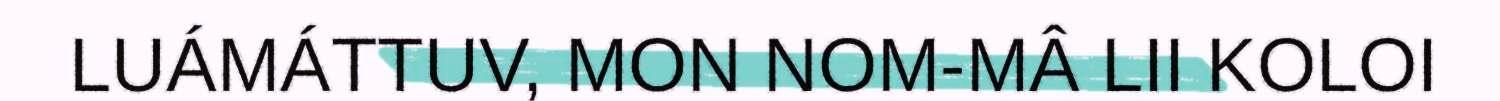
LUÁMÁTTUV, MON NOM-MÂ LII KOLOI